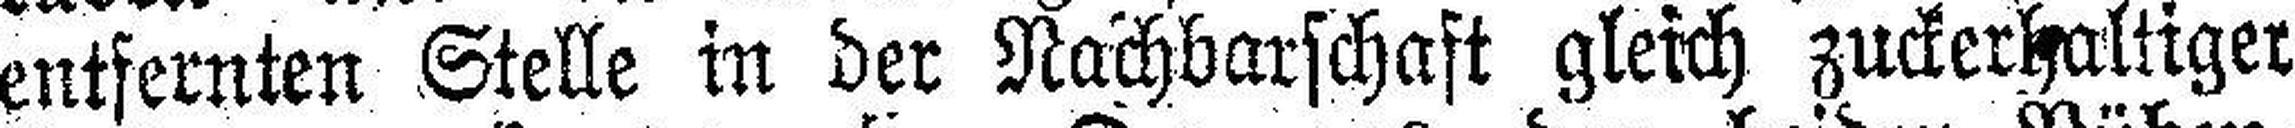
entfernten Stelle in der Nachbarschaft gleich zuckerhaltiger